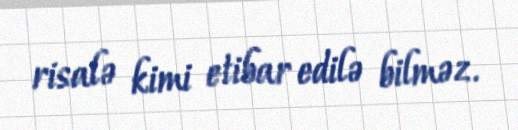
risalə kimi etibar edilə bilməz.